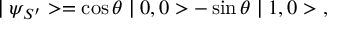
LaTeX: \mid \psi _ { S ^ { \prime } } > = \cos \theta \mid 0 , 0 > - \sin \theta \mid 1 , 0 > \ ,